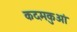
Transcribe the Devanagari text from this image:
कदमकुआं